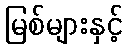
မြစ်များနှင့်